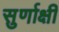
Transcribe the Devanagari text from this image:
सुर्णाक्षी